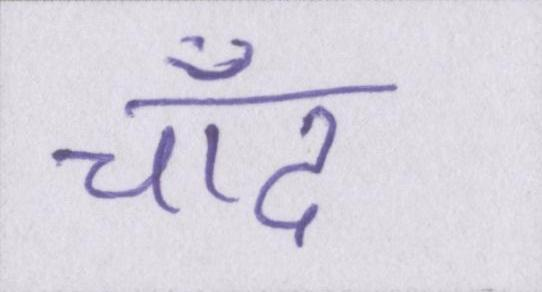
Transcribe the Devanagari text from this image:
चाँद